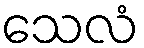
သေလံ